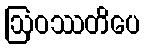
ဩဝဿတိပေ